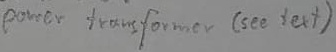
Text: power tranformer (see text)